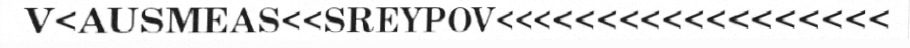
V<AUSMEAS<<SREYPOV<<<<<<<<<<<<<<<<<<